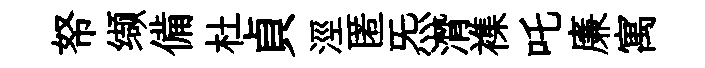
帑缬備杜貞涇匿炁潸襍吒廉寓